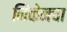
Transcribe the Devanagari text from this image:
निंकेनचा